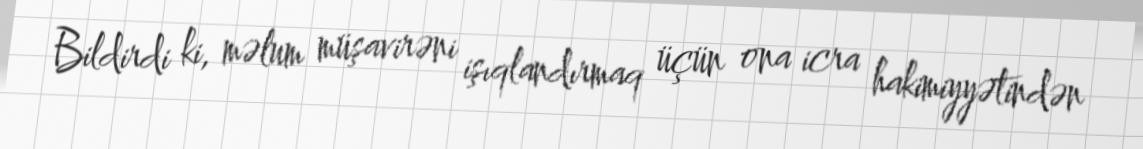
Bildirdi ki, məlum müşavirəni işıqlandırmaq üçün ona icra hakimiyyətindən